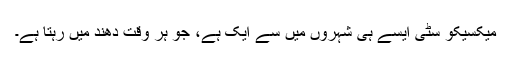
میکسیکو سٹی ایسے ہی شہروں میں سے ایک ہے، جو ہر وقت دھند میں رہتا ہے۔